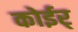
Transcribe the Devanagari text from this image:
कोईर्